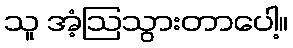
သူ အံ့ဩသွားတာပေါ့။